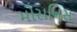
મોરાનિસ